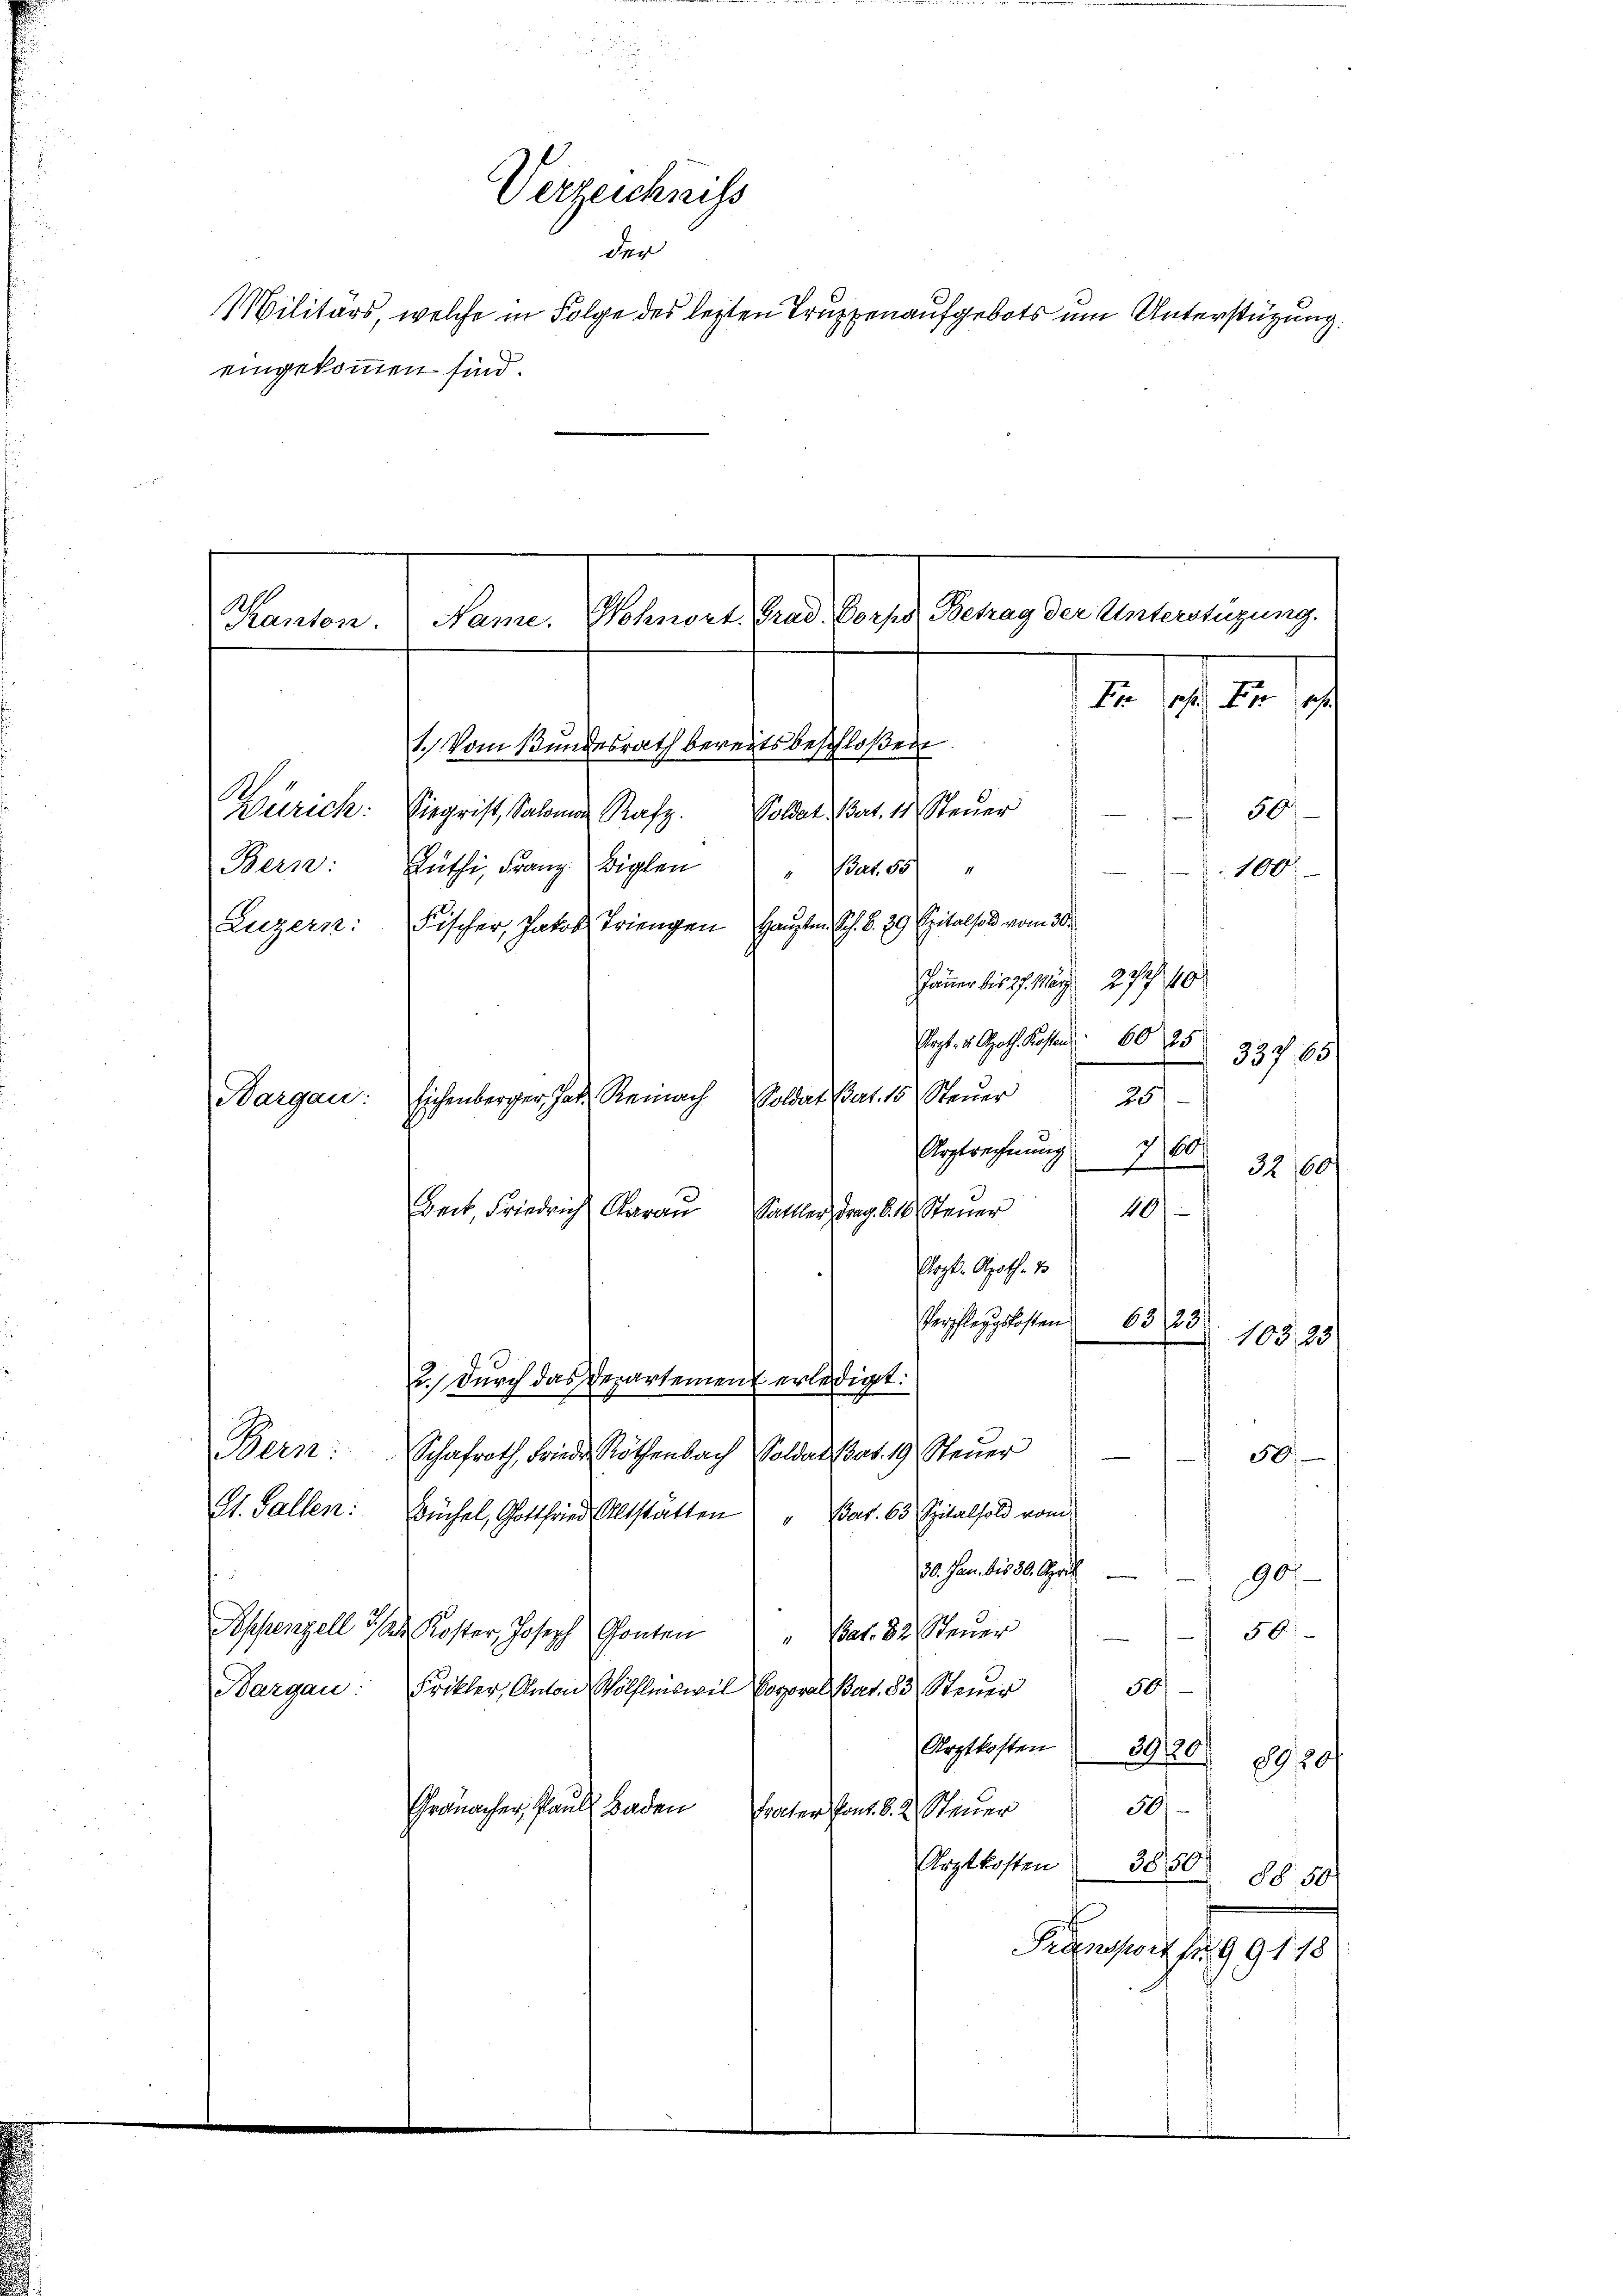
Verzeichniss
der
Militärs, welche in Folge des lezten Truppenaufgebots um Unterstützung.
eingekommen sind.

Kanton.

S

Bargau:

Wurich: Siegrist, Salomon Rafz Soldat Nat. 11 Steŭer
Bern: Lüthi, Franz Biglen
Prnt. 10
.
Luzern: Fischer, Jakob Triengen Haupten Sch. S. 29. Spitalso vom 30.
Jänner bis 17. Mag. 279, 10
Popt. v. Joh. Kosten 60 25
337, 65
Soldat Part. 15 Steuer
257.
Eichenberger hat. Reinach
700.
Arztrechnung
32,00
Bait, Friedrich darau Sattler, drag. 8. 10. Steŭer 40
Ehrist. Apoth. 2.
Verpflegskosten
103,23
2.) Durch das Departement erledigt:
een:
Schafrath, Frieder Röthenbach Soldat Bat. 19 Steuer
1
St. Gallen:
Büchel, Gottfried Altstätten " Bat. 63 Spitalfold vom
30. Jan. 1580. April 190
Appenzell in Koster, Joseph Conten
56
"Cat. 82 Steuer
50
Frikler, Anton Wölflnisweil Coporal Bat. 83 Steuer
Bargau:
Arztkosten 3920
20
30).
Granacher Pauls Baden Frater Pont. d. 2. Steuer
Arztkosten
380
§§ 50
Prunswisse 99118

dem Stand der es angelegen eine
1. 19. d. d.
1.) Vom Bundesrath bereits beschloßen

63/23/

50
s
100.